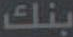
بنك